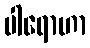
ပါရောဟာ